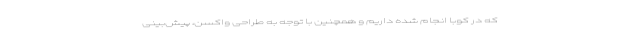
که در کوبا انجام شده داریم و همچنین با توجه به طراحی واکسن، پیش‌بینی